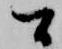
間